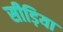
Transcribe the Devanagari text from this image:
सीड़िया